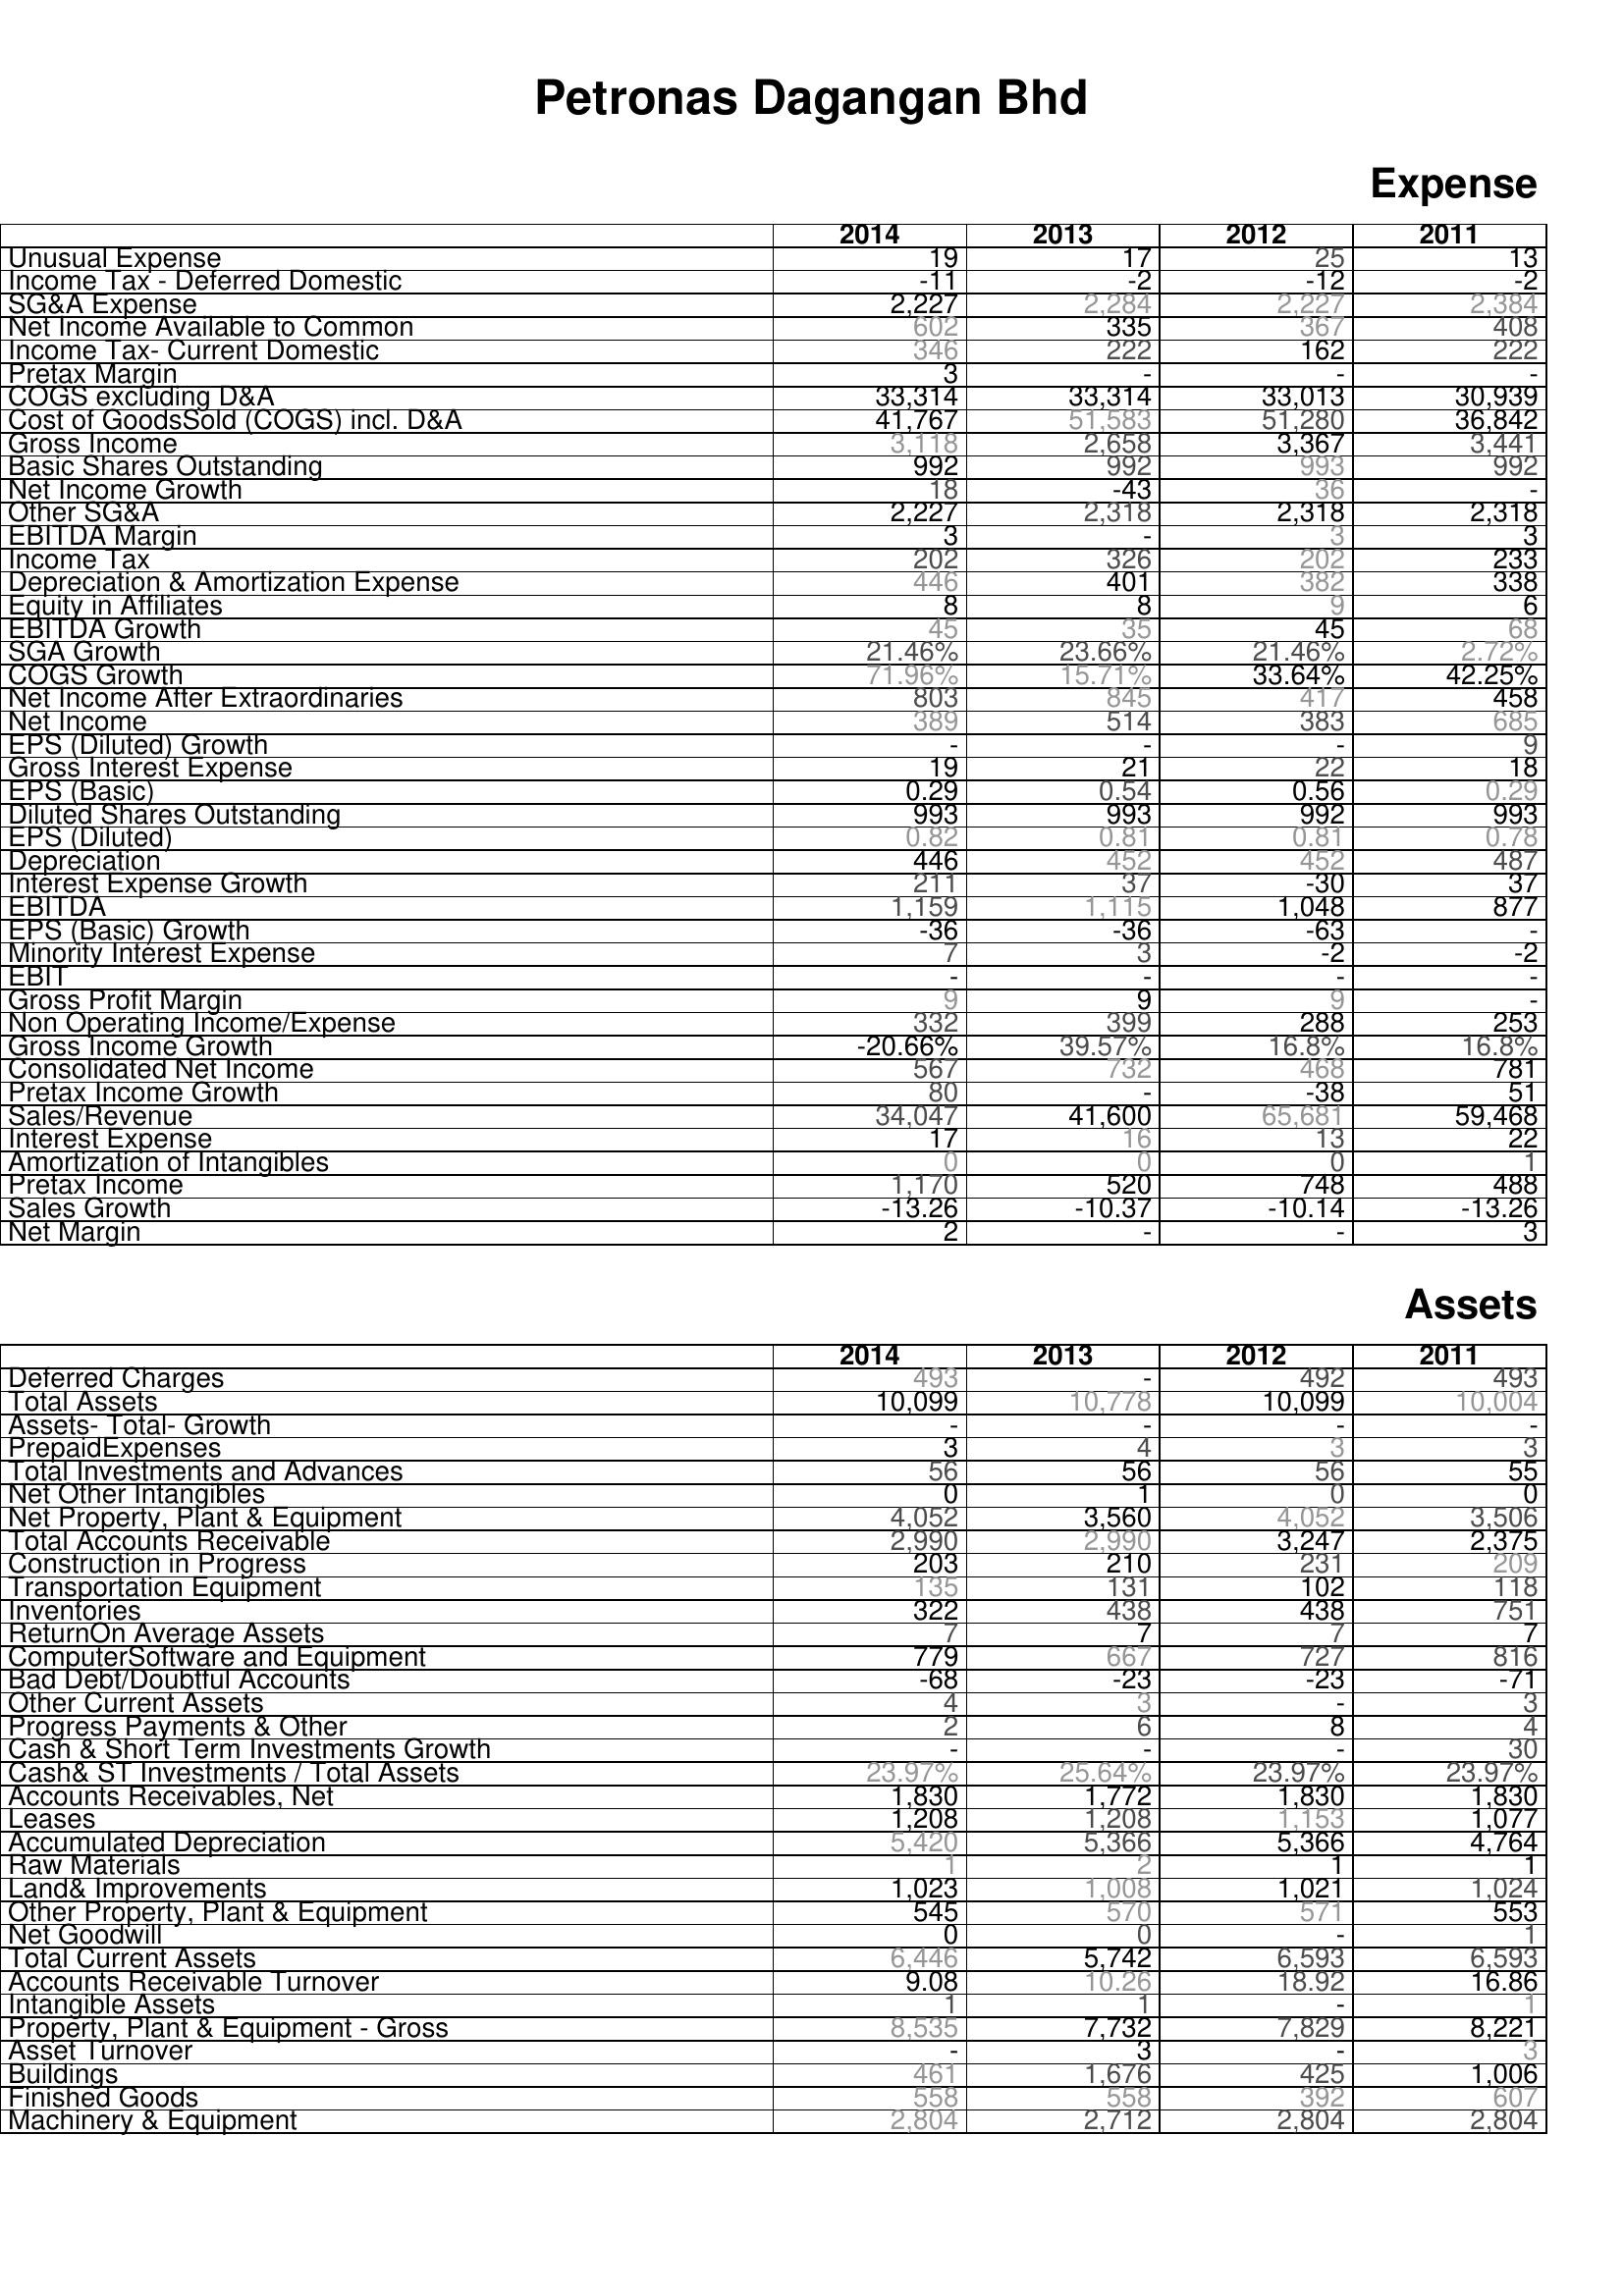
2014: Expense: Unusual Expense: 19
Income Tax - Deferred Domestic: -11
SG&A Expense: 2,227
Net Income Available to Common: 602
Income Tax- Current Domestic: 346
Pretax Margin: 3
COGS excluding D&A: 33,314
Cost of GoodsSold (COGS) incl. D&A: 41,767
Gross Income: 3,118
Basic Shares Outstanding: 992
Net Income Growth: 18
Other SG&A: 2,227
EBITDA Margin: 3
Income Tax: 202
Depreciation & Amortization Expense: 446
Equity in Affiliates: 8
EBITDA Growth: 45
SGA Growth: 21.46%
COGS Growth: 71.96%
Net Income After Extraordinaries: 803
Net Income: 389
EPS (Diluted) Growth: -
Gross Interest Expense: 19
EPS (Basic): 0.29
Diluted Shares Outstanding: 993
EPS (Diluted): 0.82
Depreciation: 446
Interest Expense Growth: 211
EBITDA: 1,159
EPS (Basic) Growth: -36
Minority Interest Expense: 7
EBIT: -
Gross Profit Margin: 9
Non Operating Income/Expense: 332
Gross Income Growth: -20.66%
Consolidated Net Income: 567
Pretax Income Growth: 80
Sales/Revenue: 34,047
Interest Expense: 17
Amortization of Intangibles: 0
Pretax Income: 1,170
Sales Growth: -13.26
Net Margin: 2
Assets: Deferred Charges: 493
Total Assets: 10,099
Assets- Total- Growth: -
PrepaidExpenses: 3
Total Investments and Advances: 56
Net Other Intangibles: 0
Net Property, Plant & Equipment: 4,052
Total Accounts Receivable: 2,990
Construction in Progress: 203
Transportation Equipment: 135
Inventories: 322
ReturnOn Average Assets: 7
ComputerSoftware and Equipment: 779
Bad Debt/Doubtful Accounts: -68
Other Current Assets: 4
Progress Payments & Other: 2
Cash & Short Term Investments Growth: -
Cash& ST Investments / Total Assets: 23.97%
Accounts Receivables, Net: 1,830
Leases: 1,208
Accumulated Depreciation: 5,420
Raw Materials: 1
Land& Improvements: 1,023
Other Property, Plant & Equipment: 545
Net Goodwill: 0
Total Current Assets: 6,446
Accounts Receivable Turnover: 9.08
Intangible Assets: 1
Property, Plant & Equipment - Gross : 8,535
Asset Turnover: -
Buildings: 461
Finished Goods: 558
Machinery & Equipment: 2,804
2013: Expense: Unusual Expense: 17
Income Tax - Deferred Domestic: -2
SG&A Expense: 2,284
Net Income Available to Common: 335
Income Tax- Current Domestic: 222
Pretax Margin: -
COGS excluding D&A: 33,314
Cost of GoodsSold (COGS) incl. D&A: 51,583
Gross Income: 2,658
Basic Shares Outstanding: 992
Net Income Growth: -43
Other SG&A: 2,318
EBITDA Margin: -
Income Tax: 326
Depreciation & Amortization Expense: 401
Equity in Affiliates: 8
EBITDA Growth: 35
SGA Growth: 23.66%
COGS Growth: 15.71%
Net Income After Extraordinaries: 845
Net Income: 514
EPS (Diluted) Growth: -
Gross Interest Expense: 21
EPS (Basic): 0.54
Diluted Shares Outstanding: 993
EPS (Diluted): 0.81
Depreciation: 452
Interest Expense Growth: 37
EBITDA: 1,115
EPS (Basic) Growth: -36
Minority Interest Expense: 3
EBIT: -
Gross Profit Margin: 9
Non Operating Income/Expense: 399
Gross Income Growth: 39.57%
Consolidated Net Income: 732
Pretax Income Growth: -
Sales/Revenue: 41,600
Interest Expense: 16
Amortization of Intangibles: 0
Pretax Income: 520
Sales Growth: -10.37
Net Margin: -
Assets: Deferred Charges: -
Total Assets: 10,778
Assets- Total- Growth: -
PrepaidExpenses: 4
Total Investments and Advances: 56
Net Other Intangibles: 1
Net Property, Plant & Equipment: 3,560
Total Accounts Receivable: 2,990
Construction in Progress: 210
Transportation Equipment: 131
Inventories: 438
ReturnOn Average Assets: 7
ComputerSoftware and Equipment: 667
Bad Debt/Doubtful Accounts: -23
Other Current Assets: 3
Progress Payments & Other: 6
Cash & Short Term Investments Growth: -
Cash& ST Investments / Total Assets: 25.64%
Accounts Receivables, Net: 1,772
Leases: 1,208
Accumulated Depreciation: 5,366
Raw Materials: 2
Land& Improvements: 1,008
Other Property, Plant & Equipment: 570
Net Goodwill: 0
Total Current Assets: 5,742
Accounts Receivable Turnover: 10.26
Intangible Assets: 1
Property, Plant & Equipment - Gross : 7,732
Asset Turnover: 3
Buildings: 1,676
Finished Goods: 558
Machinery & Equipment: 2,712
2012: Expense: Unusual Expense: 25
Income Tax - Deferred Domestic: -12
SG&A Expense: 2,227
Net Income Available to Common: 367
Income Tax- Current Domestic: 162
Pretax Margin: -
COGS excluding D&A: 33,013
Cost of GoodsSold (COGS) incl. D&A: 51,280
Gross Income: 3,367
Basic Shares Outstanding: 993
Net Income Growth: 36
Other SG&A: 2,318
EBITDA Margin: 3
Income Tax: 202
Depreciation & Amortization Expense: 382
Equity in Affiliates: 9
EBITDA Growth: 45
SGA Growth: 21.46%
COGS Growth: 33.64%
Net Income After Extraordinaries: 417
Net Income: 383
EPS (Diluted) Growth: -
Gross Interest Expense: 22
EPS (Basic): 0.56
Diluted Shares Outstanding: 992
EPS (Diluted): 0.81
Depreciation: 452
Interest Expense Growth: -30
EBITDA: 1,048
EPS (Basic) Growth: -63
Minority Interest Expense: -2
EBIT: -
Gross Profit Margin: 9
Non Operating Income/Expense: 288
Gross Income Growth: 16.8%
Consolidated Net Income: 468
Pretax Income Growth: -38
Sales/Revenue: 65,681
Interest Expense: 13
Amortization of Intangibles: 0
Pretax Income: 748
Sales Growth: -10.14
Net Margin: -
Assets: Deferred Charges: 492
Total Assets: 10,099
Assets- Total- Growth: -
PrepaidExpenses: 3
Total Investments and Advances: 56
Net Other Intangibles: 0
Net Property, Plant & Equipment: 4,052
Total Accounts Receivable: 3,247
Construction in Progress: 231
Transportation Equipment: 102
Inventories: 438
ReturnOn Average Assets: 7
ComputerSoftware and Equipment: 727
Bad Debt/Doubtful Accounts: -23
Other Current Assets: -
Progress Payments & Other: 8
Cash & Short Term Investments Growth: -
Cash& ST Investments / Total Assets: 23.97%
Accounts Receivables, Net: 1,830
Leases: 1,153
Accumulated Depreciation: 5,366
Raw Materials: 1
Land& Improvements: 1,021
Other Property, Plant & Equipment: 571
Net Goodwill: -
Total Current Assets: 6,593
Accounts Receivable Turnover: 18.92
Intangible Assets: -
Property, Plant & Equipment - Gross : 7,829
Asset Turnover: -
Buildings: 425
Finished Goods: 392
Machinery & Equipment: 2,804
2011: Expense: Unusual Expense: 13
Income Tax - Deferred Domestic: -2
SG&A Expense: 2,384
Net Income Available to Common: 408
Income Tax- Current Domestic: 222
Pretax Margin: -
COGS excluding D&A: 30,939
Cost of GoodsSold (COGS) incl. D&A: 36,842
Gross Income: 3,441
Basic Shares Outstanding: 992
Net Income Growth: -
Other SG&A: 2,318
EBITDA Margin: 3
Income Tax: 233
Depreciation & Amortization Expense: 338
Equity in Affiliates: 6
EBITDA Growth: 68
SGA Growth: 2.72%
COGS Growth: 42.25%
Net Income After Extraordinaries: 458
Net Income: 685
EPS (Diluted) Growth: 9
Gross Interest Expense: 18
EPS (Basic): 0.29
Diluted Shares Outstanding: 993
EPS (Diluted): 0.78
Depreciation: 487
Interest Expense Growth: 37
EBITDA: 877
EPS (Basic) Growth: -
Minority Interest Expense: -2
EBIT: -
Gross Profit Margin: -
Non Operating Income/Expense: 253
Gross Income Growth: 16.8%
Consolidated Net Income: 781
Pretax Income Growth: 51
Sales/Revenue: 59,468
Interest Expense: 22
Amortization of Intangibles: 1
Pretax Income: 488
Sales Growth: -13.26
Net Margin: 3
Assets: Deferred Charges: 493
Total Assets: 10,004
Assets- Total- Growth: -
PrepaidExpenses: 3
Total Investments and Advances: 55
Net Other Intangibles: 0
Net Property, Plant & Equipment: 3,506
Total Accounts Receivable: 2,375
Construction in Progress: 209
Transportation Equipment: 118
Inventories: 751
ReturnOn Average Assets: 7
ComputerSoftware and Equipment: 816
Bad Debt/Doubtful Accounts: -71
Other Current Assets: 3
Progress Payments & Other: 4
Cash & Short Term Investments Growth: 30
Cash& ST Investments / Total Assets: 23.97%
Accounts Receivables, Net: 1,830
Leases: 1,077
Accumulated Depreciation: 4,764
Raw Materials: 1
Land& Improvements: 1,024
Other Property, Plant & Equipment: 553
Net Goodwill: 1
Total Current Assets: 6,593
Accounts Receivable Turnover: 16.86
Intangible Assets: 1
Property, Plant & Equipment - Gross : 8,221
Asset Turnover: 3
Buildings: 1,006
Finished Goods: 607
Machinery & Equipment: 2,804